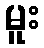
မူး